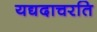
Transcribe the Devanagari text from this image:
यद्यदाचरति